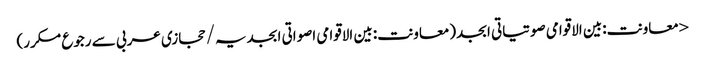
< معاونت:بین الاقوامی صوتیاتی ابجد(معاونت:بین الاقوامی اصواتی ابجدیہ/حجازی عربی سے رجوع مکرر)